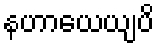
နဟာယေယျပိ